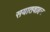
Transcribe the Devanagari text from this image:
सयातवाहन